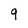
Character: 9